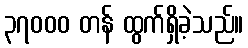
၃၇၀၀၀ တန် ထွက်ရှိခဲ့သည်။